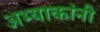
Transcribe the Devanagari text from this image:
अभ्याकांनी